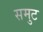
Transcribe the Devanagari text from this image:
समुट